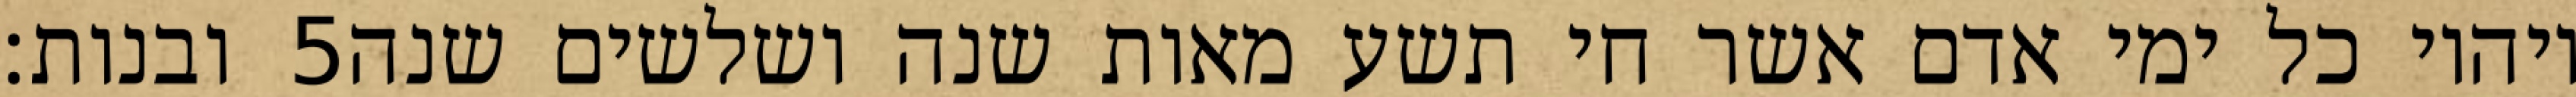
ובנות׃ ‎5‏ ויהיו כל ימי אדם אשר חי תשע מאות שנה ושלשים שנה